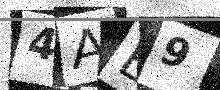
Text: 4AB9